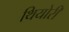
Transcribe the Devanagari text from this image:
थियोरी